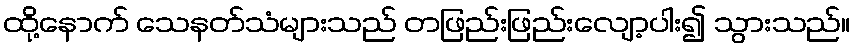
ထို့နောက် သေနတ်သံများသည် တဖြည်းဖြည်းလျော့ပါး၍ သွားသည်။